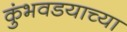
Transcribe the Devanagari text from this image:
कुंभवडयाच्या